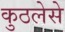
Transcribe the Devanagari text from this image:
कुठलेसे